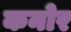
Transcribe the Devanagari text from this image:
कनोर